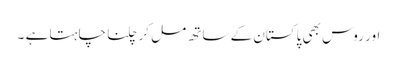
اور روس بھی پاکستان کے ساتھ مل کر چلنا چاہتا ہے ۔